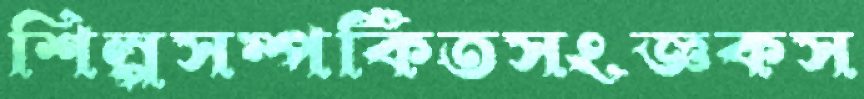
শিল্পসম্পর্কিতসংজ্ঞকস